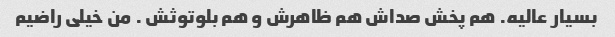
بسیار عالیه. هم پخش صداش هم ظاهرش و هم بلوتوثش . من خیلی راضیم